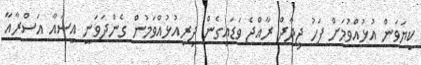
ކިޔަވަން އުޅުއްވުމަށް ފަހު ޖިދާދް ރާއްޖެ ވަޑައިގެން ދިރިއުޅުއްވަމުން ގެންދަވަނީ އީސައާ އަސްރާއާ